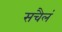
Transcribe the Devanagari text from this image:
सचैलं